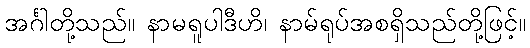
အင်္ဂါတို့သည်။ နာမရူပါဒီဟိ၊ နာမ်ရုပ်အစရှိသည်တို့ဖြင့်။